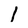
Character: l